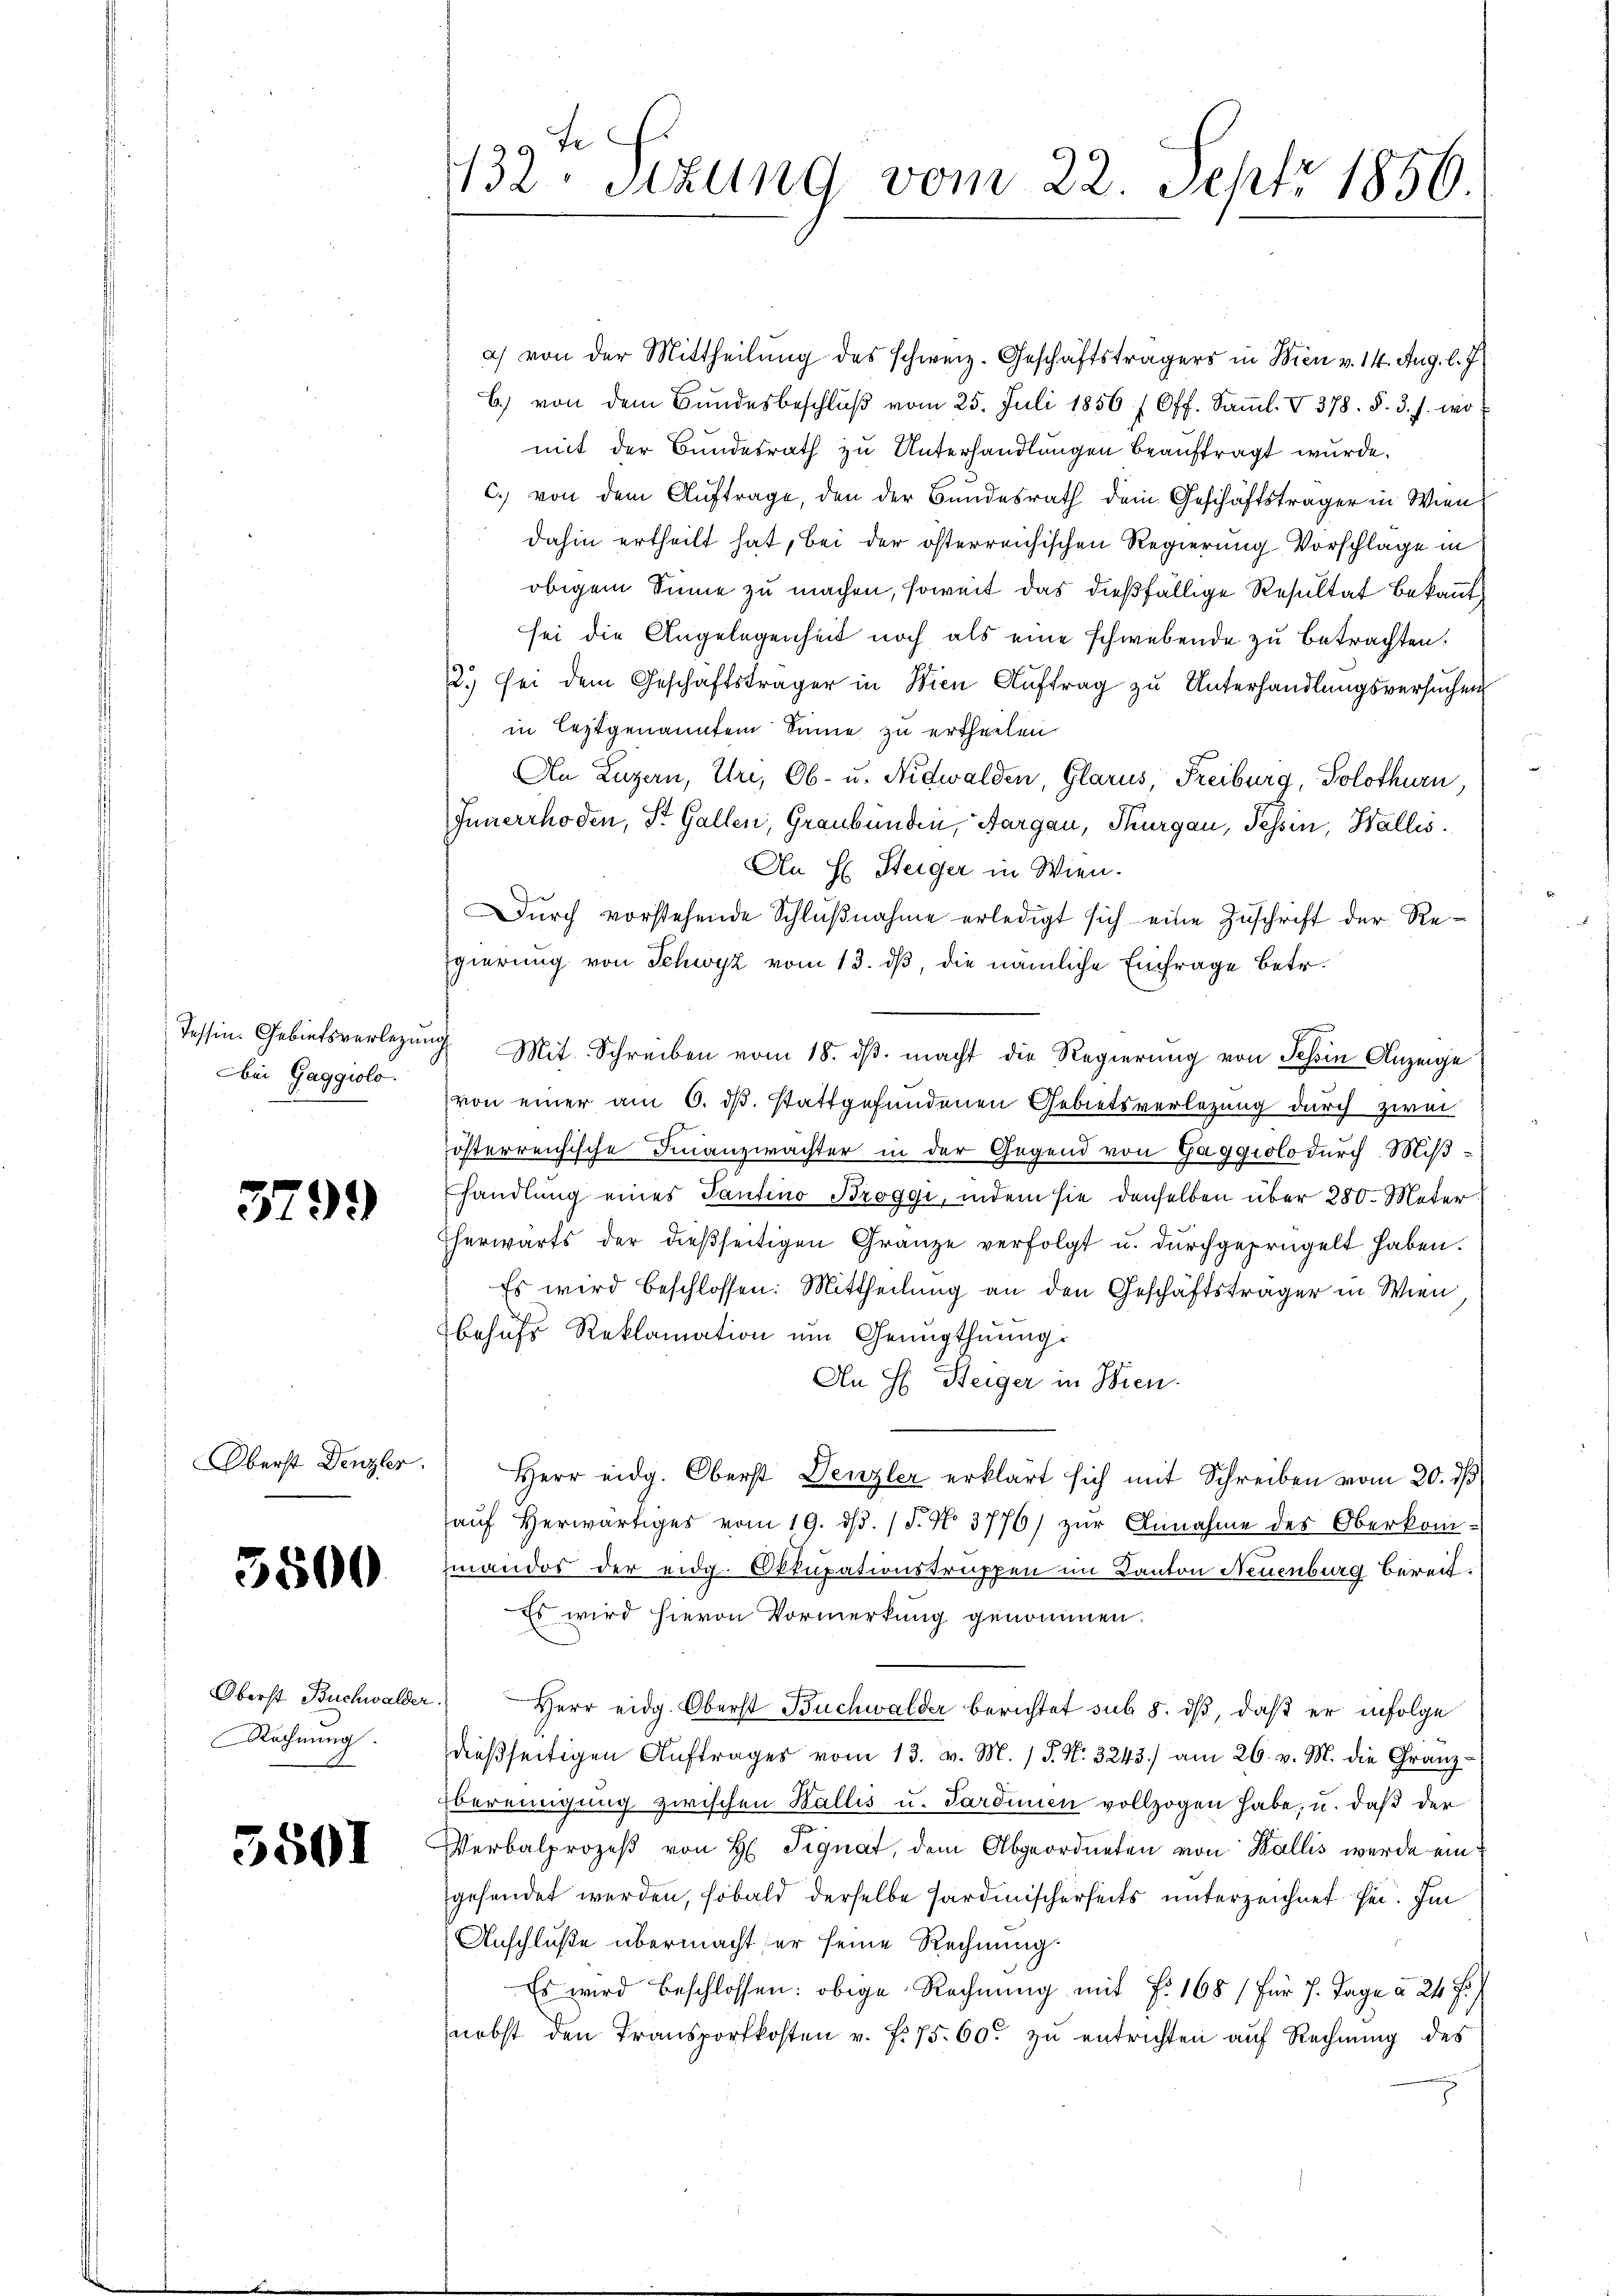
Tessin. Gebietsverlegu
bei Gaggiolo.

3799

Oberst Denzler.

5500

Oberst Buchwalder
Rechnung.

3801

fe
132. Sitzung vom 22. Sept. 1856.

a) von der Mittheilung des schweiz. Geschäftsträgers in Wien v. 14. Aug. l. J.
b) von dem Bŭndesbeschlŭβ vom 25. Juli 1856 (Off. Saṁl. V 378. §. 3. s. wo
mit der Bundesrath zu Unterhandlungen beauftragt wurde.
c. von dem Auftrage, den der Bundesrath dem Geschäftsträger in Wien
dahin ertheilt hat, bei der österreichischen Regierung Vorschlage in
obigem Sinne zu machen, soweit das dießfällige Resultat bekannt
sei die Angelegenheit noch als eine schwebende zu betrachten.
2.) Sei dem Geschäftsträger in Wien Auftrag zu Unterhandlungsversuchen
in leztgenannten Sinne zu ertheilen.
An Luzern, Uri, Ob- u. Nidwalden, Glarus, Freiburg, Solothurn,
Innerrhoden, St. Gallen, Graubünden, Aargau, Thurgau, Tessin, Wallis.
An H Steiger in Wien.
Durch vorstehende Schlußnahme erledigt sich eine Zuschrift der Regierung von Schwyz vom 13. ds, die nämliche Einfrage betr.
u Mit Schreiben vom 18. ds. macht die Regierung von Schin Anzeige
von einer am 6. ds. stattgefundenen Gebietsverlegung durch zwei
österreichische Finanzwachter in der Gegend von Gaggiolo durch Mißhandlung eines Tantino Broggi, indem sie denselben über 280. Mater
Eherwärts der dießseitigen Granze verfolgt u. durchgeprügelt haben.
Es wird beschlossen: Mittheilung an den Geschäftsträger in Wien
behufs Reklamation um Genugthuungs
An H. Heiger in Wien.
Herr eidg. Oberst Denzler erklärt sich mit Schreiben vom 30. ds
aŭf herwärtiges vom 19. dβ. / 5. No. 3776) zŭr Annahme des Oberkom-
mandos der eidg. Okkupationstruppen im Kanton Neuenburg bereit.
Es wird hievon Vormerkung genommen.
 Herr eidg. Oberst Buchwalder berichtet sub 5. dß, daß er infolge
dießseitigen Auftrages vom 13. v. M. / 5. No. 3243) am 26. v. M. die Granzbereinigung zwischen Wallis u. Sardinien vollzogen habe, u. daß der
Verbalprozeβ von H Signat, dem Abgeordneten von Wallis werde eingehendet werden, sobald derselbe Fardinischerheits unterzeichnet sei. Im
Anschluße übermacht er seine Rechnung.
Es wird beschlossen: obige Rechnung mit Fr. 168 / für J. Tage à 24 f.)
nebst den Transportkosten v. f. 75. 60. zu entrichten auf Rechnung des